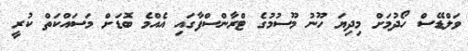
ވަލްޑޭސް ހޯދުމަށް މިދިޔަ ހޫނު މޫސުމުގެ ޓްރާންސްފާގައި އެއްމެ ބޮޑަށް މަސައްކަތް ކުރީ